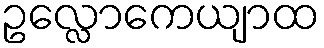
ဥလ္လောကေယျာထ